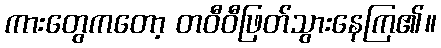
ကားတွေကတော့ တဝီဝီဖြတ်သွားနေကြ၏။